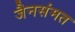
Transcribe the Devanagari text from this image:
जैनसंमत